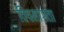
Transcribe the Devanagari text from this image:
विषमांगता